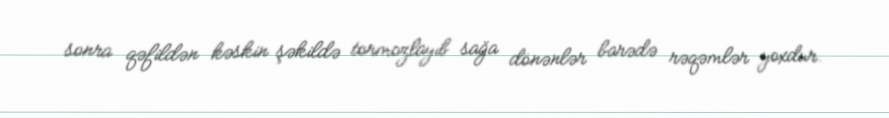
sonra qəfildən kəskin şəkildə tormozlayıb sağa dönənlər barədə rəqəmlər yoxdur.